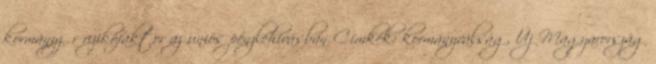
kormányzűr rizikófaktor az uniós pénzlehívásban Címkék: kormányválság, Új Magyarország